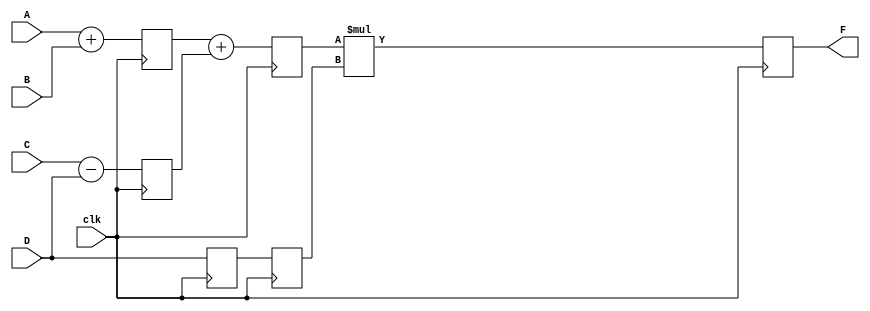
module pipe_ex(F,A,B,C,D,clk);
parameter N=10;
input [N-1:0]A,B,C,D;
input clk;
output [N-1:0]F;
reg [N-1:0] L12_x1,L12_x2,L12_D,L23_x3,L23_D,L34_F;
assign F=L34_F;

always@(posedge clk)
  begin
     L12_x1<=#4 A+B;
     L12_x2<=#4 C-D;
     L12_D<=D;                  //stage-1
 
     L23_x3<=#4 L12_x1 + L12_x2;
     L23_D<=L12_D;               //stage-2

     L34_F<=#6 L23_x3 * L23_D;  //stage-3
  end
endmodule